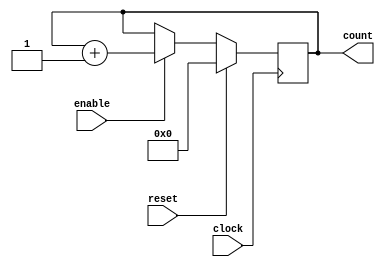
module counter(
	clock,
	reset,
	enable,
	count);

	//---Ports declearation: generated by Robei---
	input clock;
	input reset;
	input enable;
	output [3:0] count;

	wire clock;
	wire reset;
	wire enable;
	reg [3:0] count;

	//----Code starts here: integrated by Robei-----
	always @ ( posedge clock )
	begin
		if ( reset == 1)
		begin
			count <= 0;
		end
		else if ( enable == 1)
		begin
			count <= count + 1;
		end
	end
	
	
endmodule    //counter